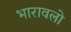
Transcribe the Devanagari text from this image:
भारावलो